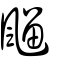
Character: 飀